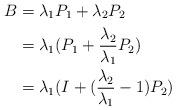
LaTeX: \begin{align*} B &= \lambda_1 P_1 + \lambda_2 P_2 \\ &=\lambda_1 (P_1 + \frac{\lambda_2}{\lambda_1} P_2) \\ &= \lambda_1 (I+ (\frac{\lambda_2}{\lambda_1} - 1 )P_2)\end{align*}